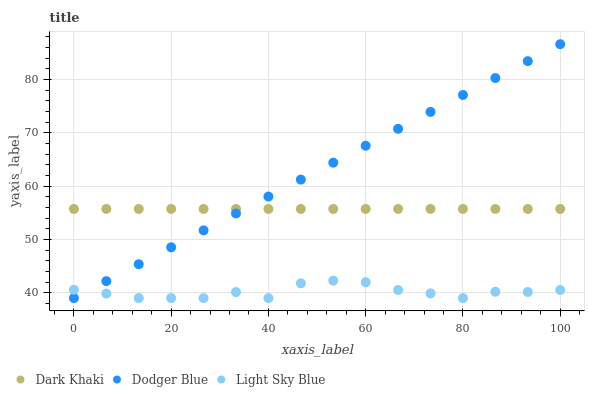
| xaxis_label | Dark Khaki | Dodger Blue | Light Sky Blue |
 | --- | --- | --- | --- |
 | 0 | 55.7 | 39 | 40.6 |
 | 6.67 | 55.7 | 42.2 | 39.8 |
 | 13.3 | 55.7 | 45.3 | 39 |
 | 20 | 55.7 | 48.5 | 39 |
 | 26.7 | 55.7 | 51.7 | 39 |
 | 33.3 | 55.7 | 54.9 | 40.1 |
 | 40 | 55.7 | 58 | 39 |
 | 46.7 | 55.7 | 61.2 | 41.8 |
 | 53.3 | 55.7 | 64.4 | 42.3 |
 | 60 | 55.7 | 67.6 | 42 |
 | 66.7 | 55.7 | 70.7 | 40.5 |
 | 73.3 | 55.7 | 73.9 | 39.9 |
 | 80 | 55.7 | 77.1 | 39 |
 | 86.7 | 55.7 | 80.3 | 40.2 |
 | 93.3 | 55.7 | 83.4 | 40.1 |
 | 100 | 55.7 | 86.6 | 40.5 |